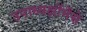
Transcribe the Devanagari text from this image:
उपाध्यक्षोंमेंसे